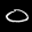
Label: 0